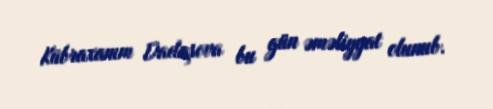
Kübraxanım Dadaşova bu gün əməliyyat olunub.